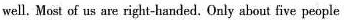
well. Most of us are right-handed. Only about five people